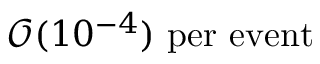
\mathcal { O } ( 1 0 ^ { - 4 } ) ~ \mathrm { p e r ~ e v e n t }